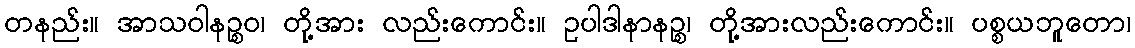
တနည်း။ အာသဝါနဉ္စဝ၊ တို့အား လည်းကောင်း။ ဥပါဒါနာနဉ္စ၊ တို့အားလည်းကောင်း။ ပစ္စယဘူတော၊